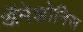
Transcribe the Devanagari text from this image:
ॲमेझोनिस